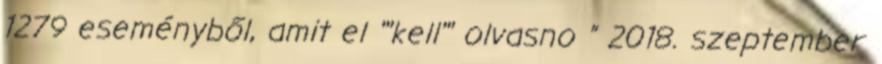
1279 eseményből, amit el '''kell''' olvasno ” 2018. szeptember